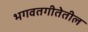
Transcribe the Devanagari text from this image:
भगवतगीतेतील